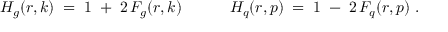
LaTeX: H _ { g } ( r , k ) \; = \; 1 \; + \; 2 \, F _ { g } ( r , k ) \; \; \; \; \; \; \; \; \; \; \; H _ { q } ( r , p ) \; = \; 1 \; - \; 2 \, F _ { q } ( r , p ) \; .